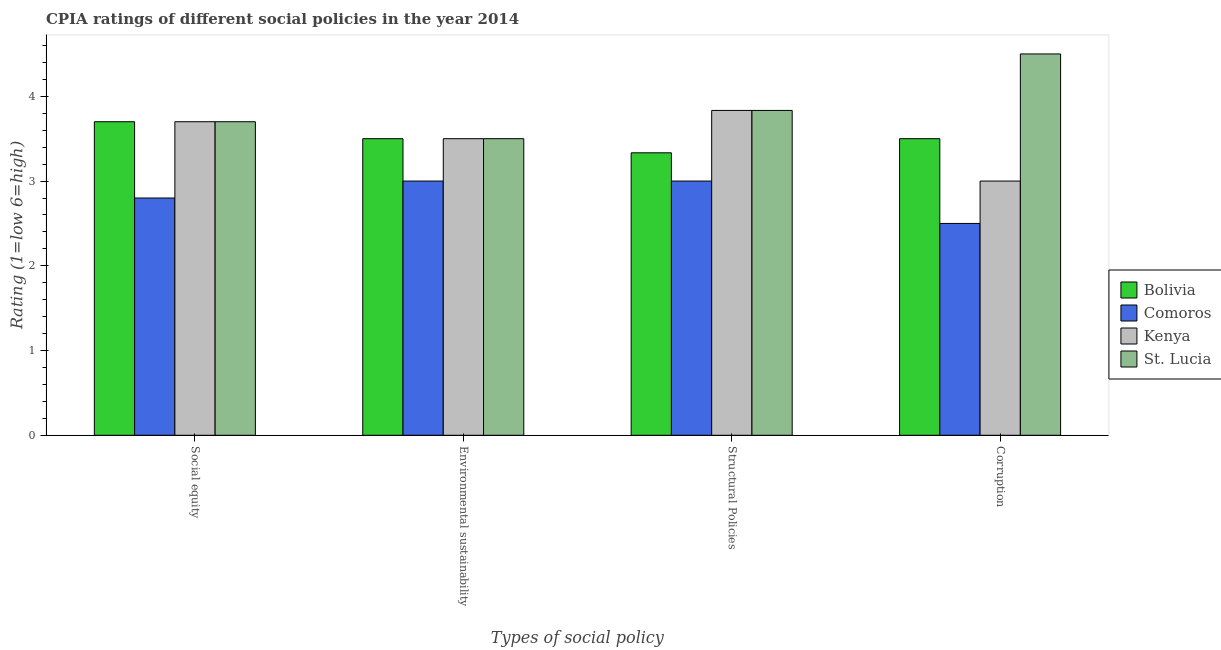
| Types of social policy | Bolivia | Comoros | Kenya | St. Lucia |
 | --- | --- | --- | --- | --- |
 | Social equity | 3.7 | 2.8 | 3.7 | 3.7 |
 | Environmental sustainability | 3.5 | 3 | 3.5 | 3.5 |
 | Structural Policies | 3.33 | 3 | 3.83 | 3.83 |
 | Corruption | 3.5 | 2.5 | 3 | 4.5 |